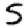
Digit: 5